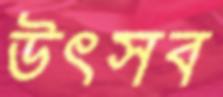
উৎসব